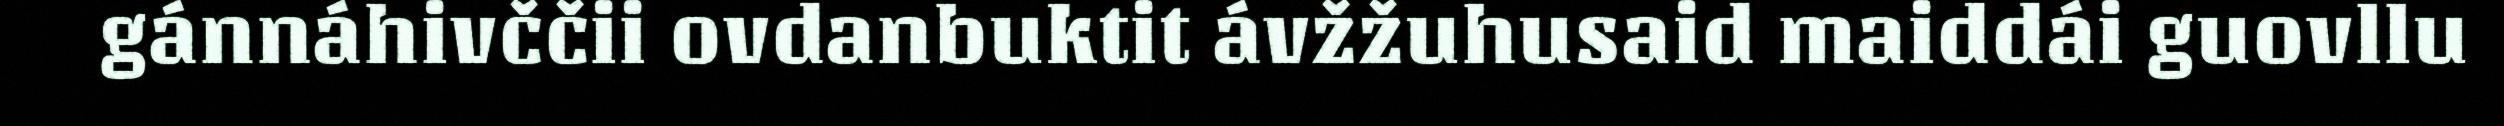
gánnáhivččii ovdanbuktit ávžžuhusaid maiddái guovllu